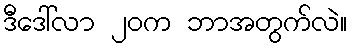
ဒီဒေါ်လာ ၂၀က ဘာအတွက်လဲ။